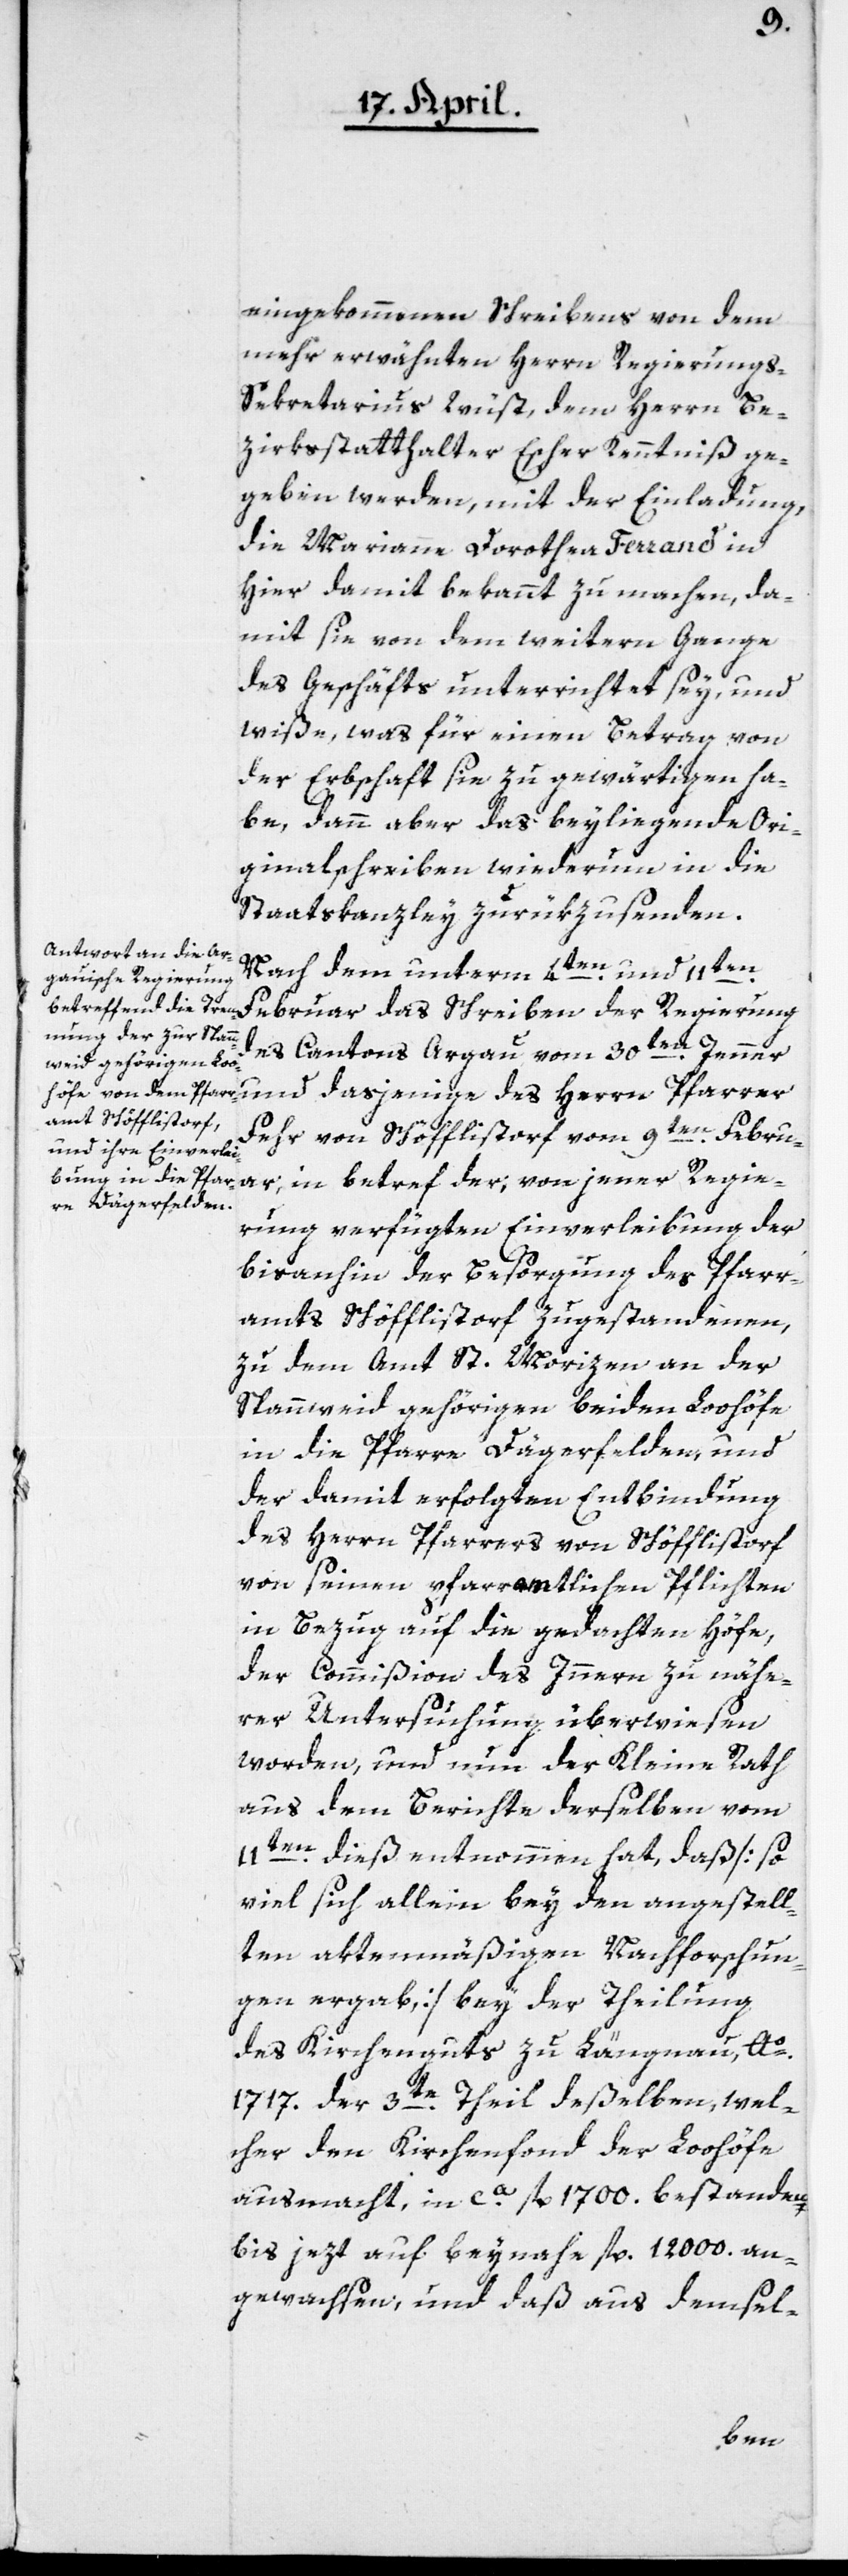
eingekommenen Schreibens von dem
mehrerwähnten Herrn Regierungs-S¬
ekretarius Wüst, dem Herrn Be¬
zirkßtatthalter Escher Kenntniß ge¬
geben werden, mit der Einladung,
die Marianne Dorothea Ferrand in
hier damit bekannt zu machen, da¬
mit sie von dem weitern Gange
des Geschäfts unterrichtet sey, und
wiße, was für einen Betrag von
der Erbschaft sie zu gewärtigen ha¬
be, dann aber das beyliegende Ori¬
ginalschreiben wiederum in die
Staatskanzley zurükzusenden.
Nach dem unterm 4ten und 11ten
Februar das Schreiben der Regierung
des Cantons Argau vom 30ten Jenner
und dasjenige des Herrn Pfarrer
Fehr von Schöfflistorf vom 9ten Febru¬
ar, in betref der, von jener Regie¬
rung verfügten Einverleibung der
bis anhin der Besorgung des Pfarr¬
amts Schöfflistorf zugestandenen,
zu dem Amt St. Morizen an der
Spanweid gehörigen beiden Loohöfe
in die Pfarre Dägerfelden, und
der damit erfolgten Entbindung
des Herrn Pfarrers von Schöfflistorf
von seinen pfarramtlichen Pflichten
in Bezug auf die gedachten Höfe,
der Commißion des Innern zu nähe¬
rer Untersuchung überwiesen
worden, und nun der Kleine Rath
aus dem Berichte derselben vom
11ten dieß unternommen hat, daß [so
viel sich allein bey den angestell¬
ten aktenmäßigen Nachforschun¬
gen ergab] bey der Theilung
des Kirchenguts zu Längnau Ao
1717. der 3te Theil deßelben, wel¬
cher den Kirchenfonds der Loohöfe
ausmacht, in ca. fl. 1700. bestanden,
bis jezt auf beynahe fl. 12 000 an¬
gewachsen, und daß aus demsel-